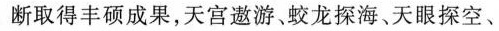
断取得丰硕成果，天宫遨游、蛟龙探海、天眼探空、